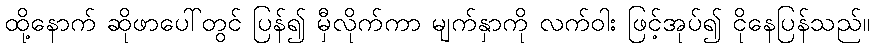
ထို့နောက် ဆိုဖာပေါ်တွင် ပြန်၍ မှီလိုက်ကာ မျက်နှာကို လက်ဝါး ဖြင့်အုပ်၍ ငိုနေပြန်သည်။